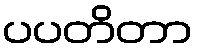
ပပတိတာ